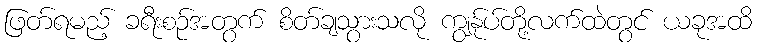
ဖြတ်ရမည့် ခရီးစဉ်အတွက် စိတ်ချသွားသလို ကျွန်ုပ်တို့လက်ထဲတွင် ယခုအထိ